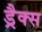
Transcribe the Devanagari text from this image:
ड्रैक्स